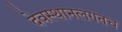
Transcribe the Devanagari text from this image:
देवस्थानलगतच